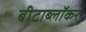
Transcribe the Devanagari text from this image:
बीटाब्लॉकर